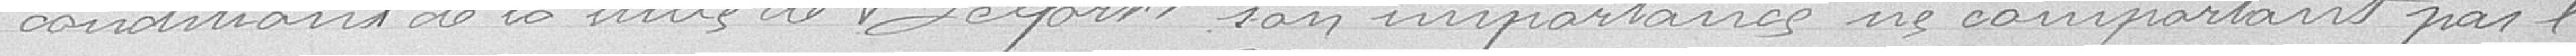
conditions de la ville de Belfort, son importance ne comportant pas l'